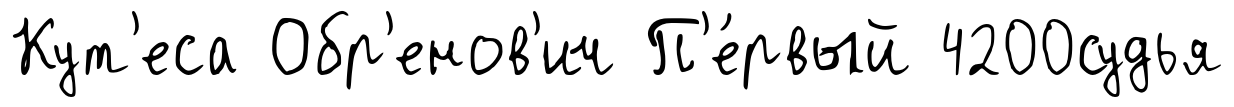
Кут'еса Обр'енов'ич П'е́рвый 4200судья